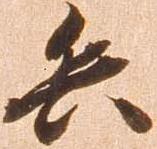
兵